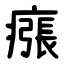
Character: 瘬